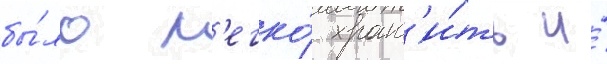
бы́ло л'егко́ хран'и́ть и́